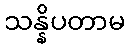
သန္နိပတာမ